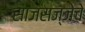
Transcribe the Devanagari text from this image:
साजसज्जेचे